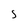
Character: S